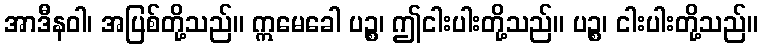
အာဒီနဝါ၊ အပြစ်တို့သည်။ ဣမေခေါ ပဉ္စ၊ ဤငါးပါးတို့သည်။ ပဉ္စ၊ ငါးပါးတို့သည်။